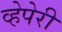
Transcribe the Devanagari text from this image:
व्हेपेरी